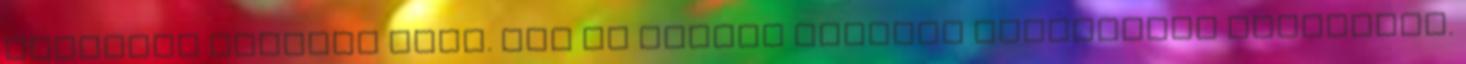
irányban szakmai hiba. Ezt az elmúlt években néhányszor elmondtam.